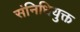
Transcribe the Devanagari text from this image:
संनिधियुक्त